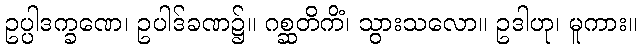
ဥပ္ပါဒက္ခဏေ၊ ဥပါဒ်ခဏ၌။ ဂစ္ဆတိကိံ၊ သွားသလော။ ဥဒါဟု၊ မူကား။